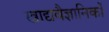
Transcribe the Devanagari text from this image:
खाद्यवैज्ञानिकों